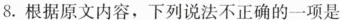
8.根据原文内容，下列说法不正确的一项是